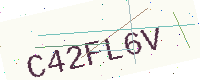
Text: C42FL6V